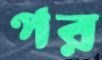
পর